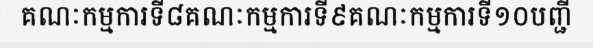
គណៈកម្មការទី៨គណៈកម្មការទី៩គណៈកម្មការទី១០បញ្ជី